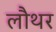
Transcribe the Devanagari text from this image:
लौथर